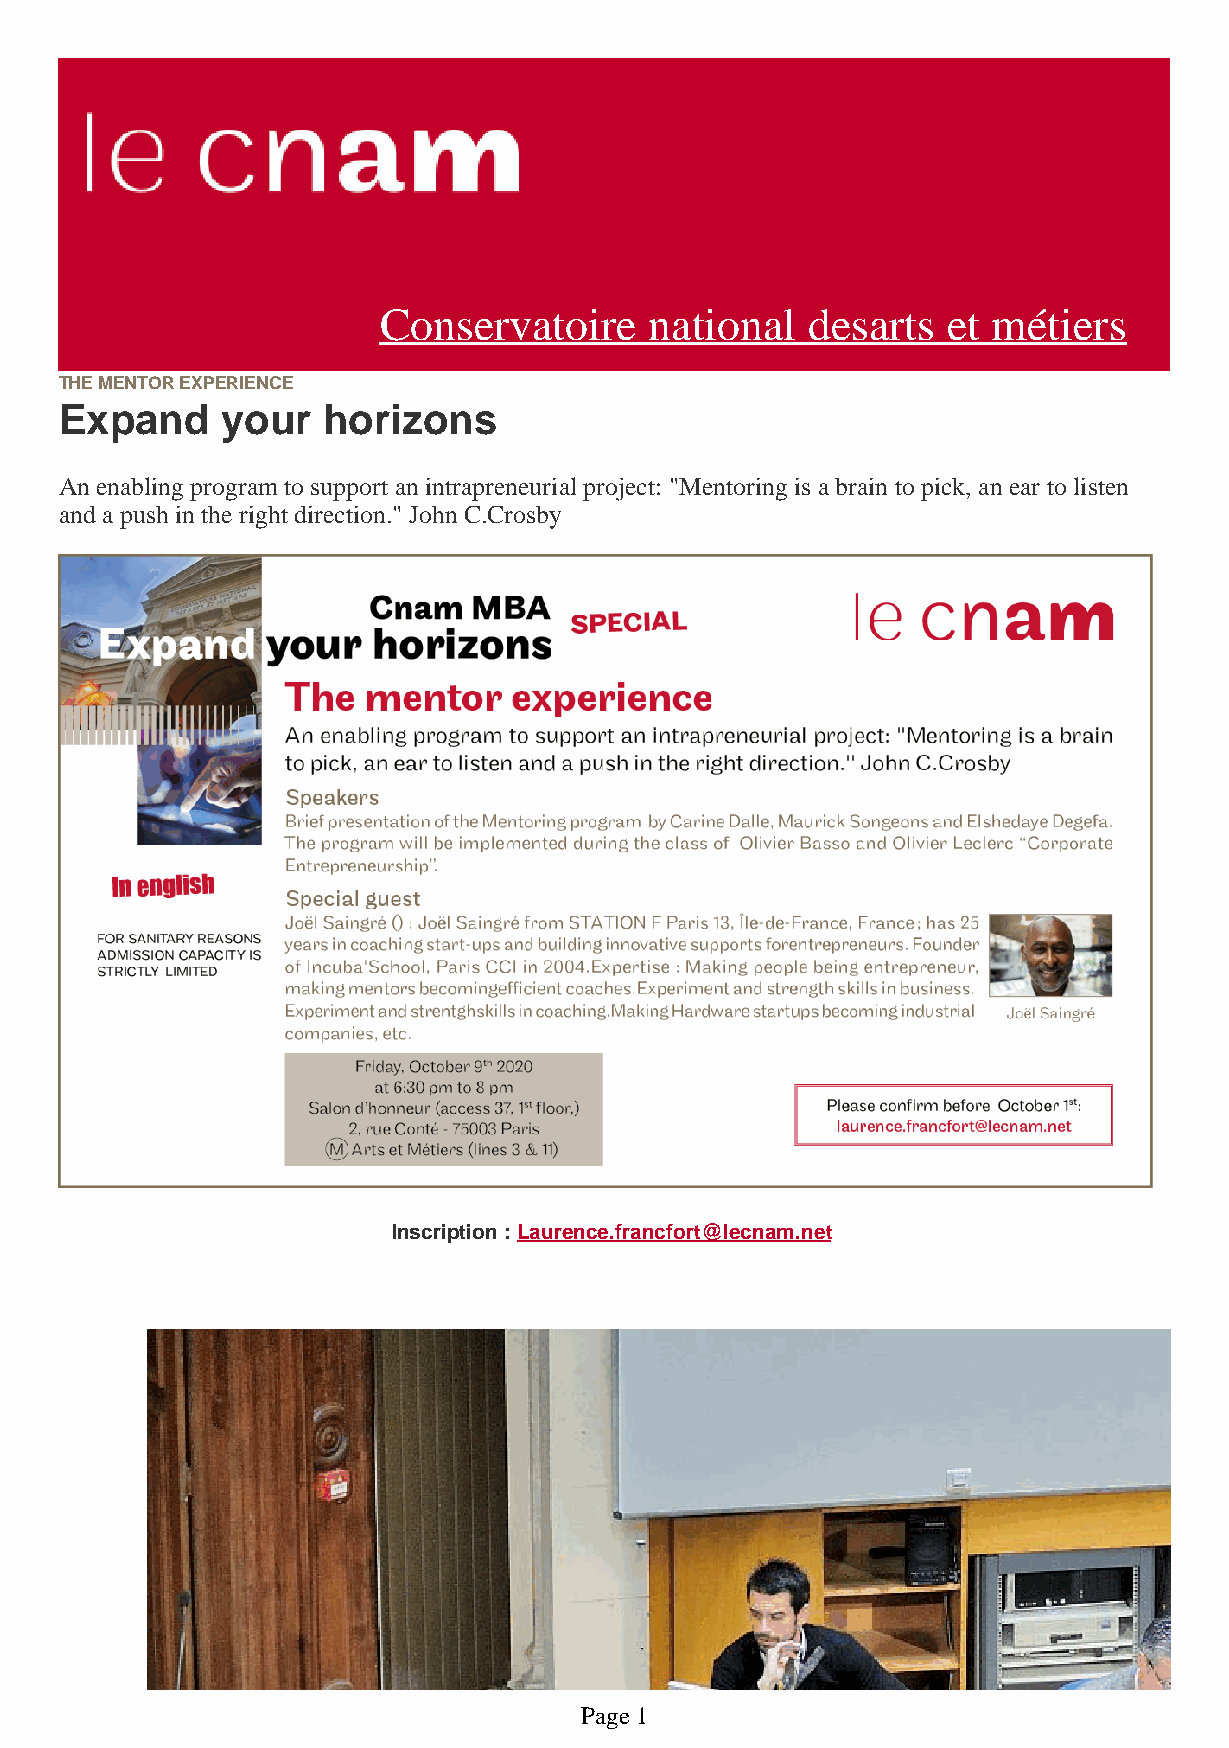
CCoonnsseerrvvaattooiirree nnaattiioonnaall ddeessaarrttss eett mmééttiieerrss
 THE MENTOR EXPERIENCE
 Expand     your  horizons
 An enabling program to support an intrapreneurial project: "Mentoring is a brain to pick, an ear to listen
 and a push in the right direction." John C.Crosby
 Inscription : Laurence.francfort@lecnam.net
 Page 1